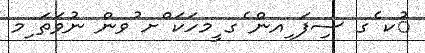
ުކ ެގ ސިފަ ިއން ެގ ީމހަކަ ްށ ުވން ނުވަތަ ިމ